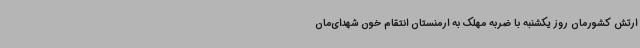
ارتش کشورمان روز یکشنبه با ضربه مهلک به ارمنستان انتقام خون شهدای‌مان